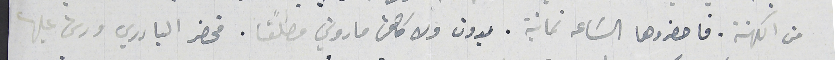
من الكهنة. فاحضروها الساعة ثمانية . بدون ولا كاهن ماروني مطلقا. فحضر البادري ورش عليها